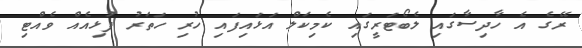
ރޭގެ އެ ހާދިސާގައި ލެބޯޓަރީގައި ކެމިކަލް އަޅައިފައި ހުރި ހަތަރު ފުޅިއެއް ވެއްޓި